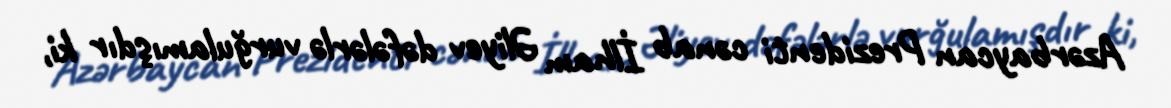
Azərbaycan Prezidenti cənab İlham Əliyev dəfələrlə vurğulamışdır ki,